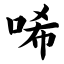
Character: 唏